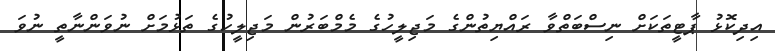
އިދިކޮޅު ޕާޓީތަކަށް ނިސްބަތްވާ ރައްޔިތުންގެ މަޖިލީހުގެ މެމްބަރުން މަޖިލީހުގެ ތަޅުމަށް ނުވަންނާތީ ނުވަ